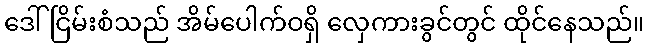
ဒေါ်ငြိမ်းစံသည် အိမ်ပေါက်ဝရှိ လှေကားခွင်တွင် ထိုင်နေသည်။